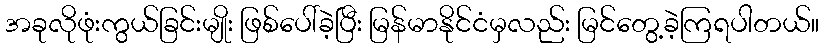
အခုလိုဖုံးကွယ်ခြင်းမျိုး ဖြစ်ပေါ်ခဲ့ပြီး မြန်မာနိုင်ငံမှလည်း မြင်တွေ့ခဲ့ကြရပါတယ်။